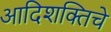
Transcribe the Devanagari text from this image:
आदिशक्तिचे